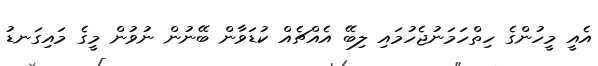
އެއީ މީހުންގެ ހިތްހަމަނުޖެހުމައި ލިބޭ އެއްޗެއް ކުޑަވާން ބޭނުން ނުވުން މީގެ މައިގަނޑު